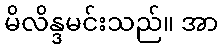
မိလိန္ဒမင်းသည်။ အာ